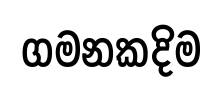
ගමනකදිම